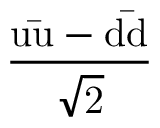
\mathrm { \frac { u { \bar { u } } - d { \bar { d } } } { \sqrt { 2 } } }